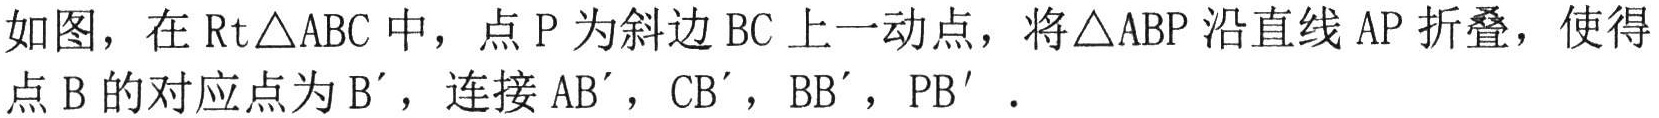
如图，在\(Rt\triangle ABC\)中，点\(P\)为斜边\(BC\)上一动点，将\(\triangle ABP\)沿直线\(AP\)折叠，使得点\(B\)的对应点为\(B'\)，连接\(AB'\)，\(CB'\)，\(BB'\)，\(PB'\)．